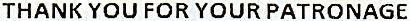
THANK YOU FOR YOUR PATRONAGE